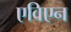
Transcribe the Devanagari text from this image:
एविएन